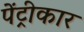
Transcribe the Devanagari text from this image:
पेंट्रीकार